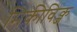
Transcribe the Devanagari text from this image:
मिकीविक्ज